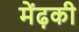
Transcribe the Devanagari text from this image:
मेंढ़की